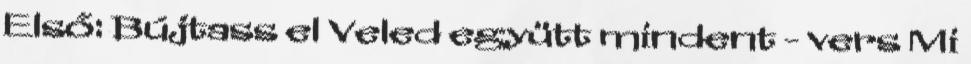
Első: Bújtass el Veled együtt mindent - vers Mi